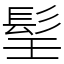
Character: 𩬎